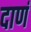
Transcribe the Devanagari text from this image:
दाणं